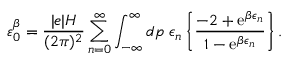
\varepsilon _ { 0 } ^ { \beta } = \frac { | e | H } { ( 2 \pi ) ^ { 2 } } \sum _ { n = 0 } ^ { \infty } \int _ { - \infty } ^ { \infty } d p \; \epsilon _ { n } \left\{ \frac { - 2 + \mathrm { e } ^ { \beta \epsilon _ { n } } } { 1 - \mathrm { e } ^ { \beta \epsilon _ { n } } } \right\} .